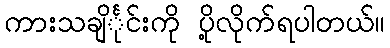
ကားသချိင်္ုင်းကို ပို့လိုက်ရပါတယ်။